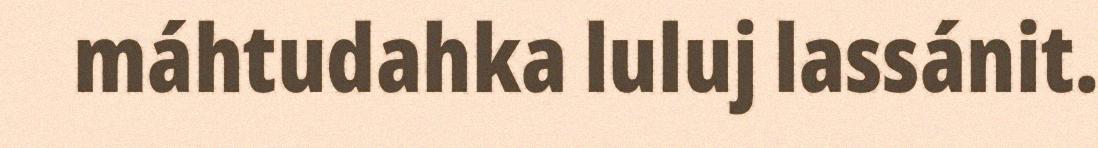
máhtudahka luluj lassánit.